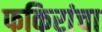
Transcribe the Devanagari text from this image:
फकिरांचा